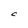
Character: C